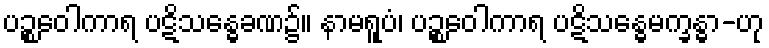
ပဉ္စဝေါကာရ ပဋိသန္ဓေခဏ၌။ နာမရူပံ၊ ပဉ္စဝေါကာရ ပဋိသန္ဓေမက္ခန္ဓာ-ဟု